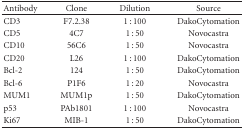
| Antibody | Clone | Dilution | Source |
 | --- | --- | --- | --- |
 | CD3 | F7.2.38 | 1 : 100 | DakoCytomation |
 | CD5 | 4C7 | 1 : 50 | Novocastra |
 | CD10 | 56C6 | 1 : 50 | Novocastra |
 | CD20 | L26 | 1 : 100 | DakoCytomation |
 | Bcl-2 | 124 | 1 : 50 | DakoCytomation |
 | Bcl-6 | P1F6 | 1 : 20 | Novocastra |
 | MUM1 | MUM1p | 1 : 50 | DakoCytomation |
 | p53 | PAb1801 | 1 : 100 | Novocastra |
 | Ki67 | MIB-1 | 1 : 50 | DakoCytomation |